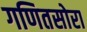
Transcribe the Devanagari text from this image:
गणितसोरा